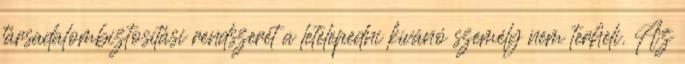
társadalombiztosítási rendszerét a letelepedni kívánó személy nem terheli. Az